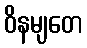
ဝိနမျတေ